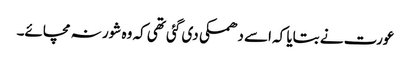
عورت نے بتایا کہ اسے دھمکی دی گئی تھی کہ وہ شور نہ مچائے۔